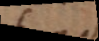
t